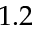
1 . 2